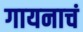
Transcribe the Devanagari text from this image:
गायनाचं